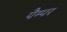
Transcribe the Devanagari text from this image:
पैम्पर